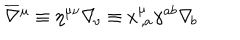
LaTeX: \overline { { \nabla } } { ^ \mu } \equiv \eta ^ { \mu \nu } \nabla _ { \! \nu } \equiv x _ { \, , a } ^ { \mu } \gamma ^ { a b } \nabla _ { \! b }